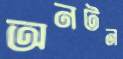
অনটন